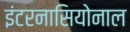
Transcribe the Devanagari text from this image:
इंटरनासियोनाल